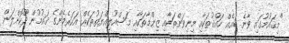
"މިޤައުމުގައި ވާނެ ބައެއް ހައްޤުތަކާއި މިނިވަންތަކާއި ޒިންމާތަކާއި މަސްއޫލިއްޔަތުތަކެއް އަހަރެމެންގެ ޤައުމުން ދޫކޮށްލަން